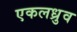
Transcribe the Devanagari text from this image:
एकलध्रुव